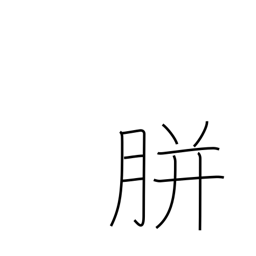
Meaning: corn